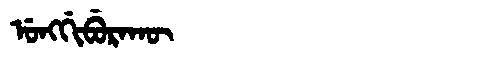
Manchu: ᡠᠩᡤᡳᠪᡠᡵᠠᡴᡡ
Romanization: UNGGIBURAKŪ